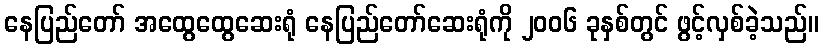
နေပြည်တော် အထွေထွေဆေးရုံ နေပြည်တော်ဆေးရုံကို ၂၀၀၆ ခုနှစ်တွင် ဖွင့်လှစ်ခဲ့သည်။